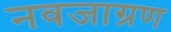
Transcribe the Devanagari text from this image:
नवजाग्रण